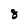
Character: 8